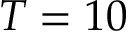
T = 1 0